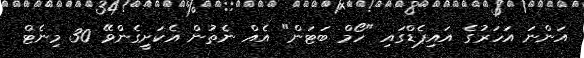
އަންނަ އަހަރުގެ އައިޕެޑްގައި "ހޯމް ބަޓަން" އެއް ނެތުން އެކަށީގެންވޭ 30 މިނެޓް